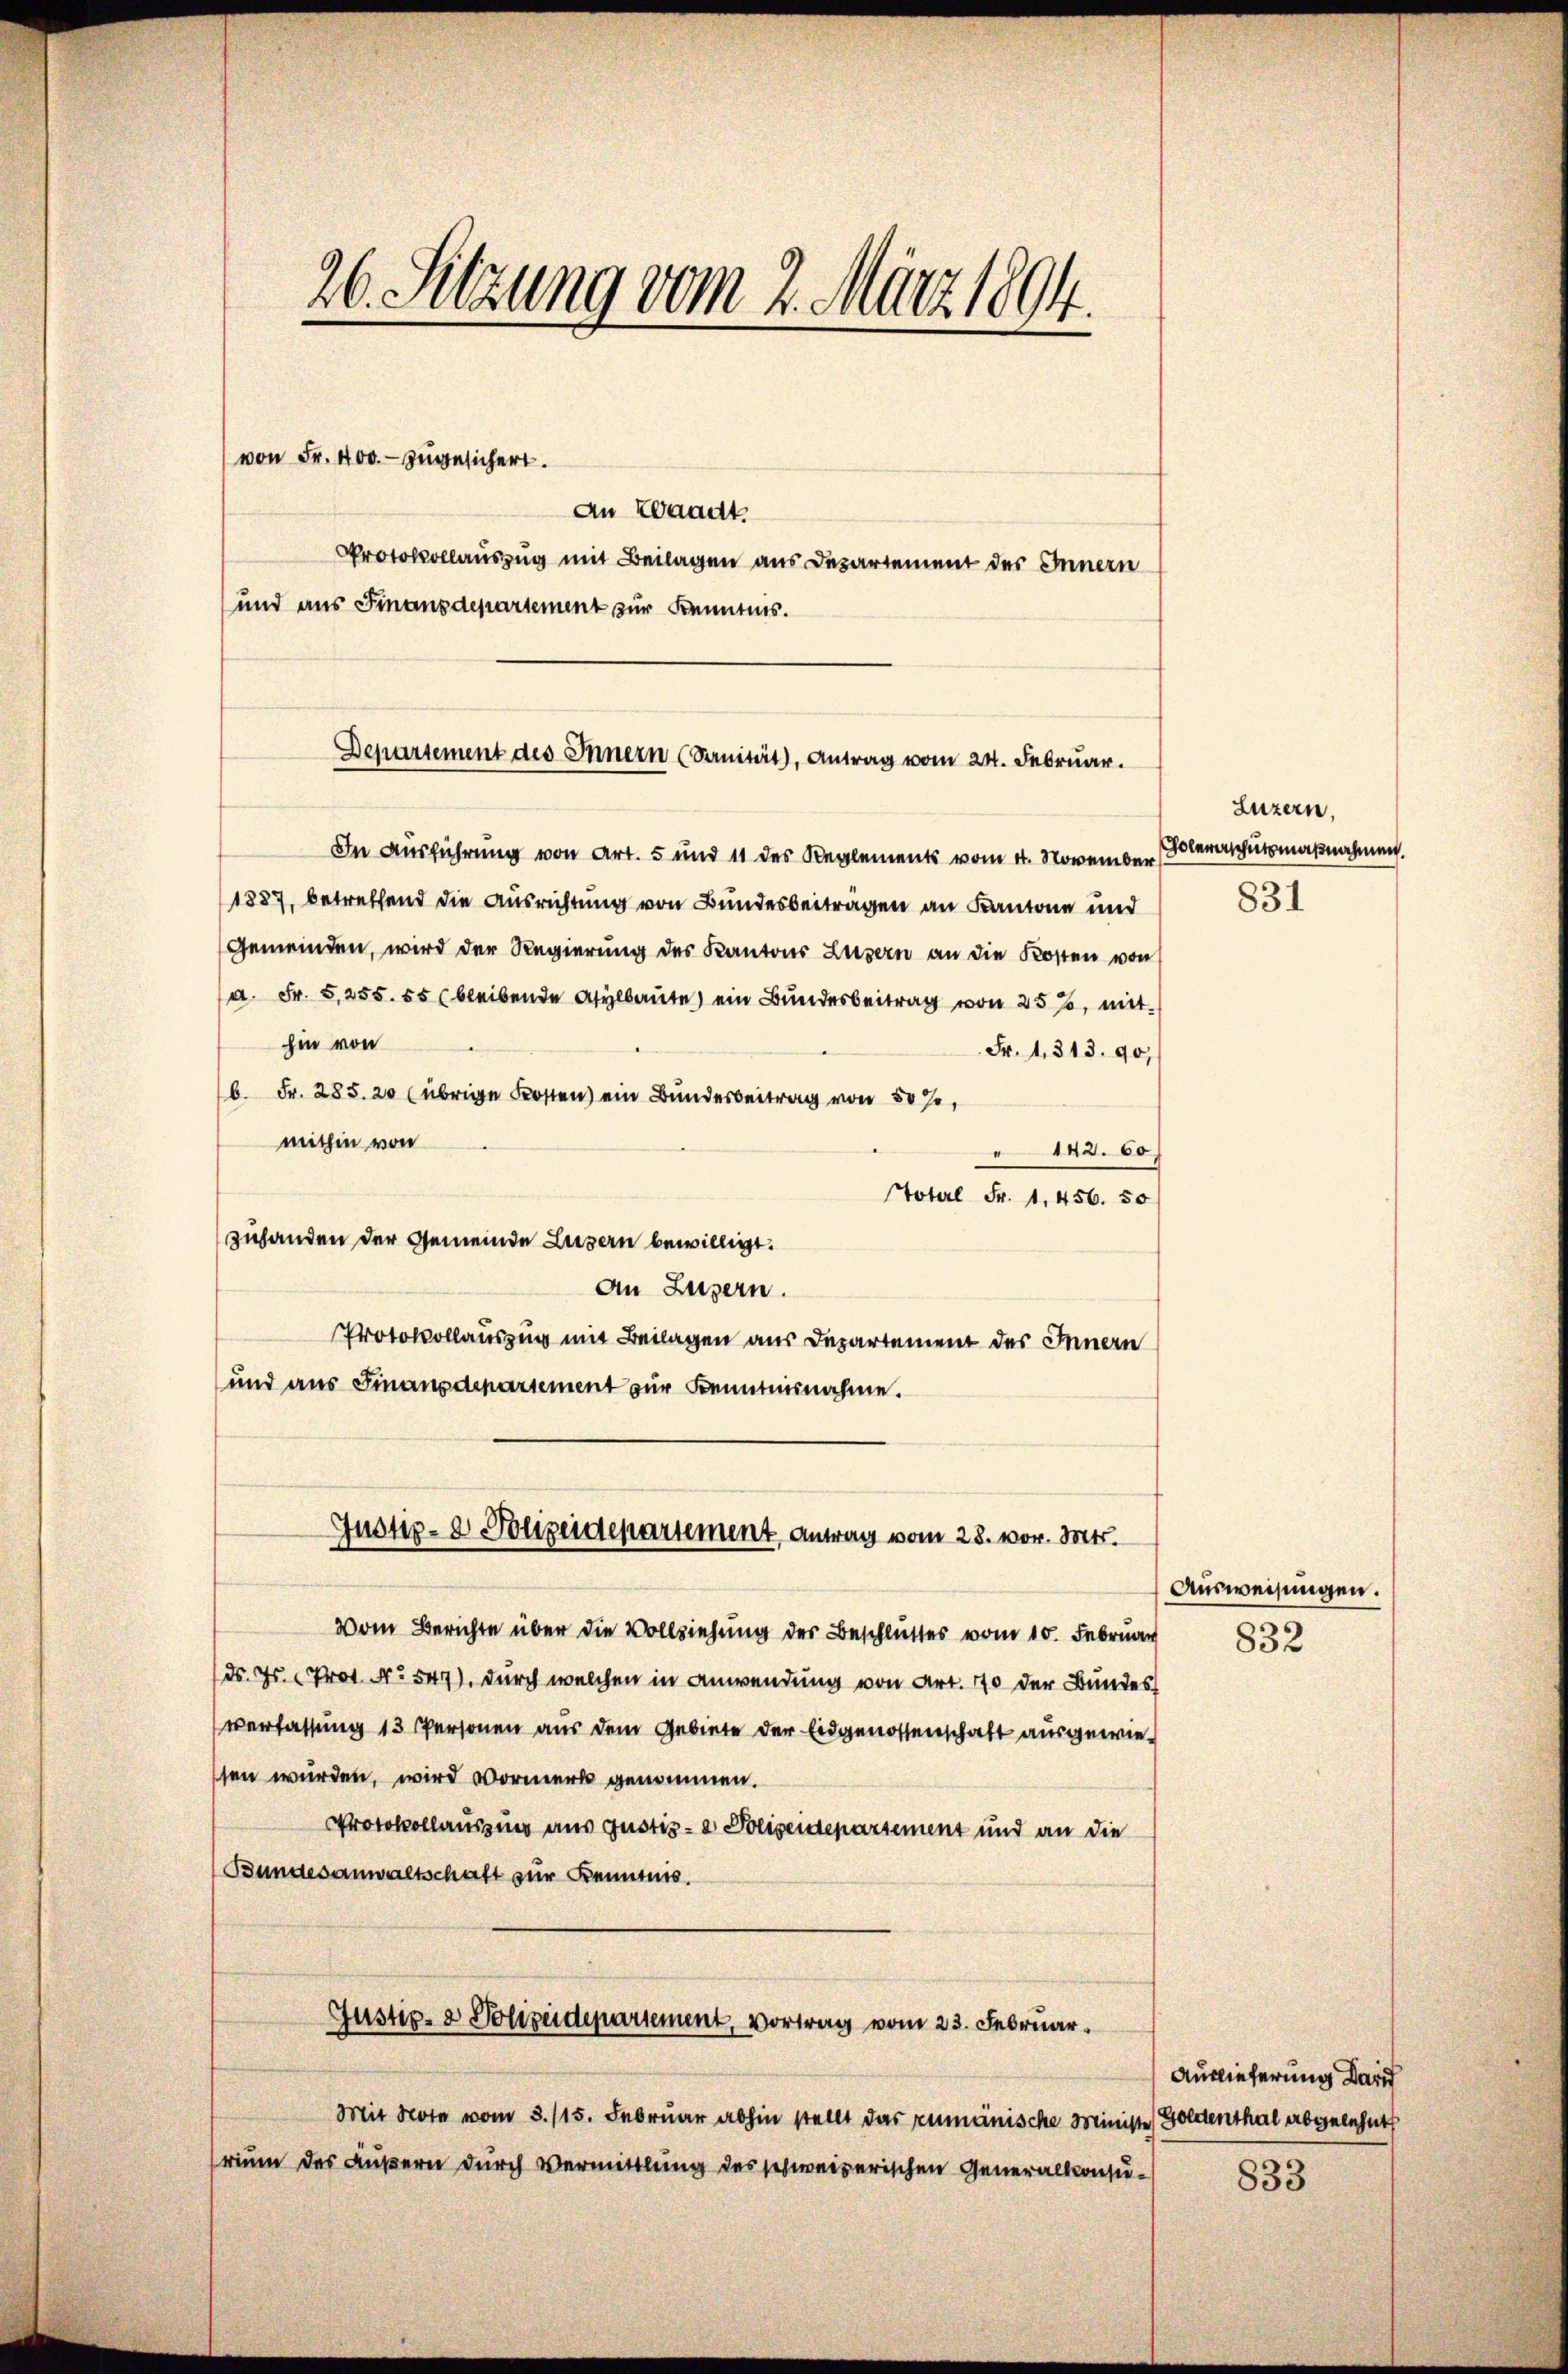
26. Setzung vom 2. März 1894.

von Fr. 400. zugesichert.

An Waadt.
Protokollauszug mit Beilagen aus Departement des Innern
und aus Finanzdepartement zur Kenntnis.

Departement des Innern (Sanität, Antrag vom 24. Februar.

In Ausführung von Art. 5 und 11 des Reglements vom 4. November
1887, betreffend die Ausrichtung von Bundesbeiträgen an Kantone und
Gemeinden, wird der Regierung des Kantons Luzern an die Kosten von
a. Fr. 5,255. 55 bleibende Asylbaute ein Bundesbeitrag von 25%, mit
hin von
Fr. 1313. 90,
b. Fr. 285. 20 (übrige Kosten ein Bundesbeitrag von 50 %,
mithin von
" 142. 60
Stotel Fr. 1. 456. 50
zuhanden der Gemeinde Luzern bewilligt.
An Luzern.
Protokollauszug mit Beilagen aus Departement des Innern
und aus Finanzdepartement zur Kenntnisnahme.
Justiz- & Polizeidepartement, Antrag vom 28. vor. Mts.
Vom Berichte über die Vollziehung der Beschlusses vom 10. Februar
ds. Hr. Prot. No 547), durch welchen in Anwendung von Art. 110 der Bundes
verfassung 13 Personen aus dem Gebiete der Eidgenossenschaft ausgewiesen wurden, wird Vormerk genommen.
Protokollaussung aus Justiz- & Polizeidepartement und an die
Bundesanwaltschaft zur Kenntnis.
Justiz- & Polizeidepartement, Vortrag vom 23. Februar
Mit Note vom 3. 115. Februar abhin stellt das rumänische Ministe Goldenthal arbenenhutt
rium des Äußern durch Vermittlung des schweizerischen Generalkonsu¬

Luzern,
oleverschutzmaßnahmen.

831

Ausweisungen.
832

833

Auslieferung dari